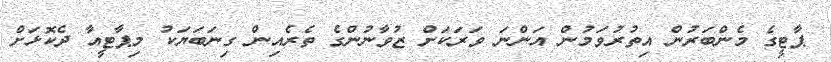
ޕާޓީގެ މެންބަރުން އިތުރުވަމުން އަންނަ ވަރަކަށް ޒުވާނުންގެ ތެރެއިން ގިނަބަޔަކު މިޕާޓީއާ ދެކޮޅަށް